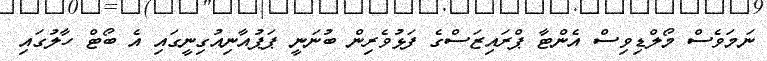
ނަމަވެސް މޯލްޑިވިސް އެންޓާ ޕްރައިޒަސްގެ ފަޅުވެރިން ބުނަނީ ޕަޕުއާނިއުގިނީގައި އެ ބޯޓް ހާލުގައި